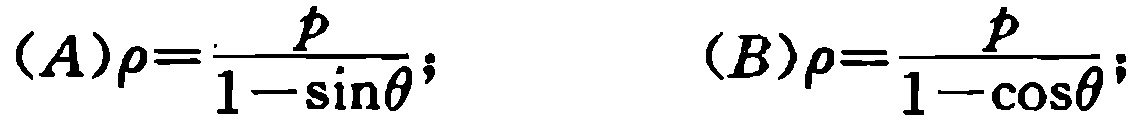
(A)\(\rho = \frac{p}{1 - \sin\theta}\);  (B)\(\rho = \frac{p}{1 - \cos\theta}\);